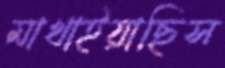
মাখাইয়াছিস